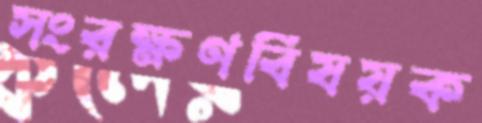
সংরক্ষণবিষয়ক